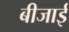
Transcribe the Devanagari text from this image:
बीजाई